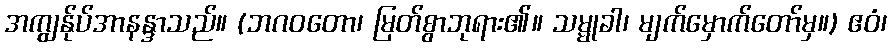
အကျွန်ုပ်အာနန္ဒာသည်။ (ဘဂဝတော၊ မြတ်စွာဘုရား၏။ သမ္မုခါ၊ မျက်မှောက်တော်မှ။) ဧဝံ၊